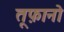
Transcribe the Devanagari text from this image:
तूफ़ानो